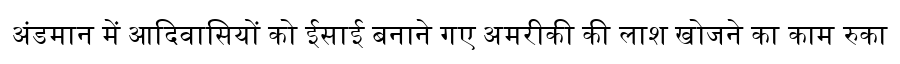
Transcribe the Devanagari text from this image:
अंडमान में आदिवासियों को ईसाई बनाने गए अमरीकी की लाश खोजने का काम रुका